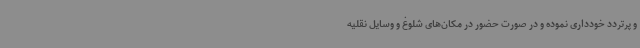
و پرتردد خودداری نموده و در صورت حضور در مکان‌های شلوغ و وسایل نقلیه